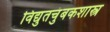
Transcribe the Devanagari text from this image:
विद्युतचुंबकशास्त्र